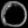
Digit: ၀